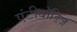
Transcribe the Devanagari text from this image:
एंटीबॉडिज